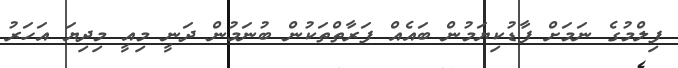
ފިލްމުގެ ނަމަށް ފާޑުކިޔަމުން ބައެއް ފަރާތްތަކުން ބުނަމުން ދަނީ މިއީ މިދިޔަ އަހަރު